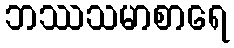
ဘဿသမာစာရေ